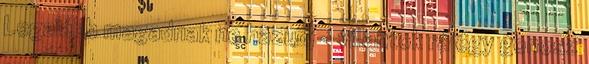
Legalább magadnak ne hazudj - villantok rá egy gonosz